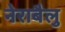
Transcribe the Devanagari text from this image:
नेराबैलु